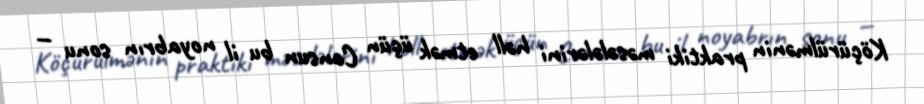
Köçürülmənin praktiki məsələlərini həll etmək üçün Consun bu il noyabrın sonu —